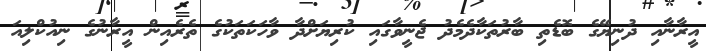
އީރާނާއި ދުނިޔޭގެ ބޮޑެތި ބާރުތަކާދެމެދު ޖެނީވާގައި ކުރިޔަށްދާ ވާހަކަތަކުގެ ތެރެއިން އީރާނުގެ ނިއުކްލިއަ